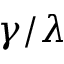
\gamma / \lambda